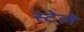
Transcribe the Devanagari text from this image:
स्टेले